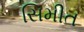
સિમીત